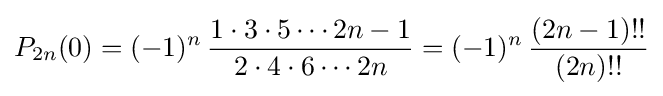
P_{2n}(0)=(-1)^{n}\,{\frac {1\cdot 3\cdot 5\cdots 2n-1}{2\cdot 4\cdot 6\cdots 2n}}=(-1)^{n}\,{\frac {(2n-1)!!}{(2n)!!}}